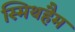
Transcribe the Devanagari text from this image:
स्मिथहैम